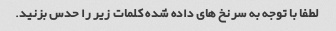
لطفا با توجه به سرنخ های داده شده کلمات زیر را حدس بزنید.